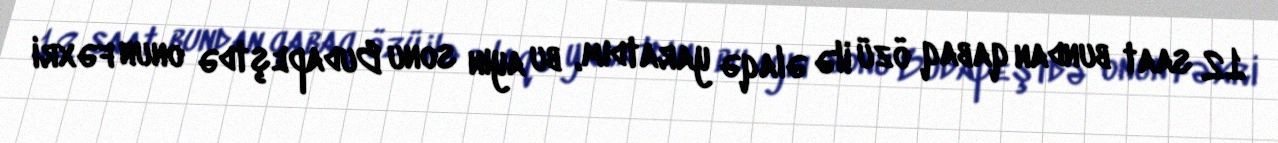
12 saat bundan qabaq özü ilə əlaqə yaratdım, bu ayın sonu Budapeştdə onun fəxri